Civil Veterinary Department Bihar & Orissa reports 1911-21 - 1911-1921
Year: 1911
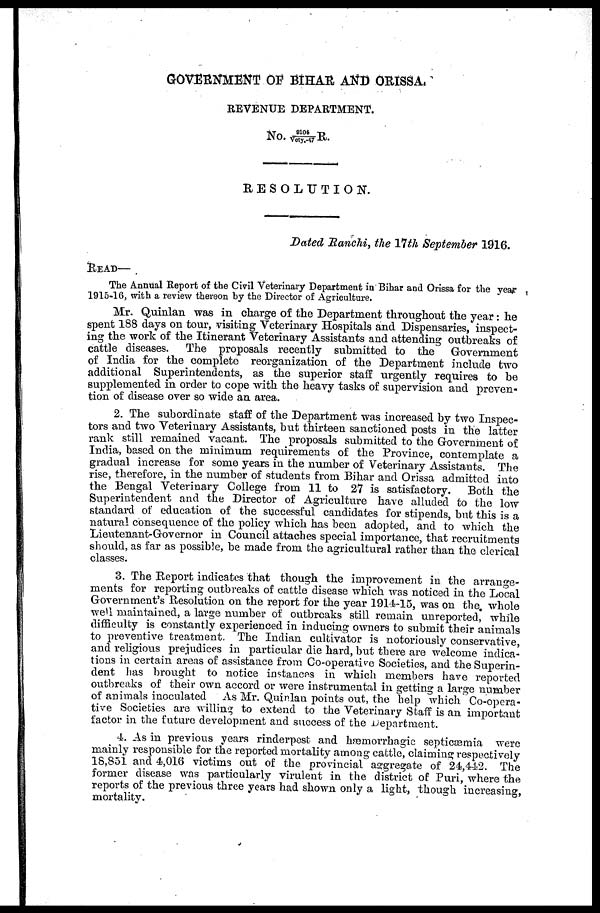
GOVERNMENT OF BIHAR AND ORISSA,
REVENUE DEPARTMENT.
No. 9104/Vety.-47 R.
RESOLUTION.
Dated Ranchi, the 17th September 1916.
READ—
The Annual Report of the Civil Veterinary Department in Bihar and Orissa for the year
1915-16, with a review thereon by the Director of Agriculture.
Mr. Quinlan was in charge of the Department throughout the year: he
spent 188 days on tour, visiting Veterinary Hospitals and Dispensaries, inspect-
ing the work of the Itinerant Veterinary Assistants and attending outbreaks of
cattle diseases.
The proposals recently submitted to the
Government
of India for the complete reorganization of the Department include two
additional Superintendents, as the superior staff urgently requires to be
supplemented in order to cope with the heavy tasks of supervision and preven-
tion of disease over so wide an area.
2. The subordinate staff of the Department was increased by two Inspec-
tors and two Veterinary Assistants, but thirteen sanctioned posts in the latter
rank still remained vacant. The proposals submitted to the Government of
India, based on the minimum requirements of the Province, contemplate a
gradual increase for some years in the number of Veterinary Assistants. The
rise, therefore, in the number of students from Bihar and Orissa admitted into
the Bengal Veterinary College from 11 to 27 is satisfactory.
Both the
Superintendent and the Director of Agriculture have alluded to the low
standard of education of the successful candidates for stipends, but this is a
natural consequence of the policy which has been adopted, and to which the
Lieutenant-Governor in Council attaches special importance, that recruitments
should, as far as possible, be made from the agricultural rather than the clerical
classes.
3. The Report indicates that though the improvement in the arrange-
ments for reporting outbreaks of cattle disease which was noticed in the Local
Government's Resolution on the report for the year 1914-15, was on the whole
well maintained, a large number of outbreaks still remain unreported, while
difficulty is constantly experienced in inducing owners to submit their animals
to preventive treatment. The Indian cultivator is notoriously conservative,
and religious prejudices in particular die hard, but there are welcome indica-
tions in certain areas of assistance from Co-operative Societies, and the Superin-
dent has brought to notice instances in which members have reported
outbreaks of their own accord or were instrumental in getting a large number
of animals inoculated
As Mr, Quinlan points out, the help which Co-opera-
tive Societies are willing to extend to the Veterinary Staff is an important
factor in the future development and success of the department.
4. As in previous years rinderpest and hæmorrhagic septicæmia were
mainly responsible for the reported mortality among cattle, claiming respectively
18,851 and 4,016 victims out of the provincial aggregate of 24,442. The
former disease was particularly virulent in the district of Puri, where the
reports of the previous three years had shown only a light, though increasing,
mortality.